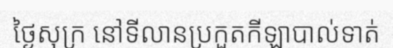
ថ្ងៃសុក្រ នៅទីលានប្រកួតកីឡាបាល់ទាត់